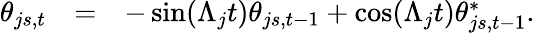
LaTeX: \begin{array}{rcl}{\theta_{js,t}}&{=}&{-\sin(\Lambda_{j}t)\theta_{js,t-1}+\cos(\Lambda_{j}t)\theta_{js,t-1}^{*}.}\end{array}